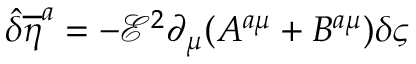
{ \hat { \delta } } { { \overline { { { \eta } } } } ^ { a } } = - { \mathcal { E } } ^ { 2 } \partial _ { \mu } ( A ^ { a \mu } + B ^ { a \mu } ) \delta \varsigma